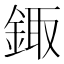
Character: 鋷